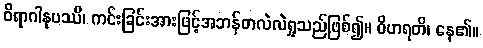
ဝိရာဂါနုပဿီ၊ ကင်းခြင်းအားဖြင့်အဘန်တလဲလဲရှုသည်ဖြစ်၍။ ဝိဟရတိ၊ နေ၏။